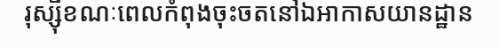
រុស្ស៊ីខណៈពេលកំពុងចុះចតនៅឯអាកាសយានដ្ឋាន